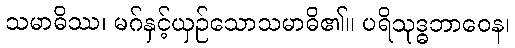
သမာဓိဿ၊ မဂ်နှင့်ယှဉ်သောသမာဓိ၏။ ပရိသုဒ္ဓဘာဝေန၊